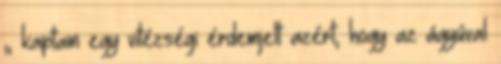
„ kaptam egy vitézségi érdemjelt azért, hogy az ágyúval